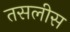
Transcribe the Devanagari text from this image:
तसलीस